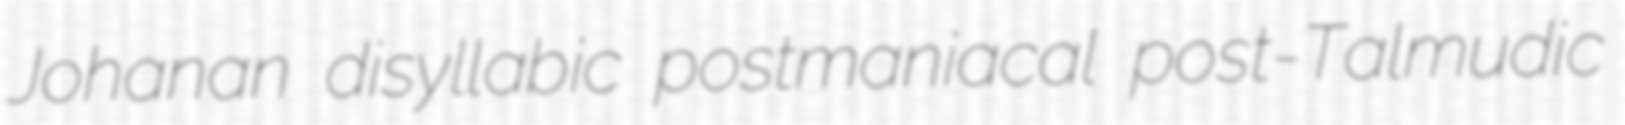
Johanan disyllabic postmaniacal post-Talmudic